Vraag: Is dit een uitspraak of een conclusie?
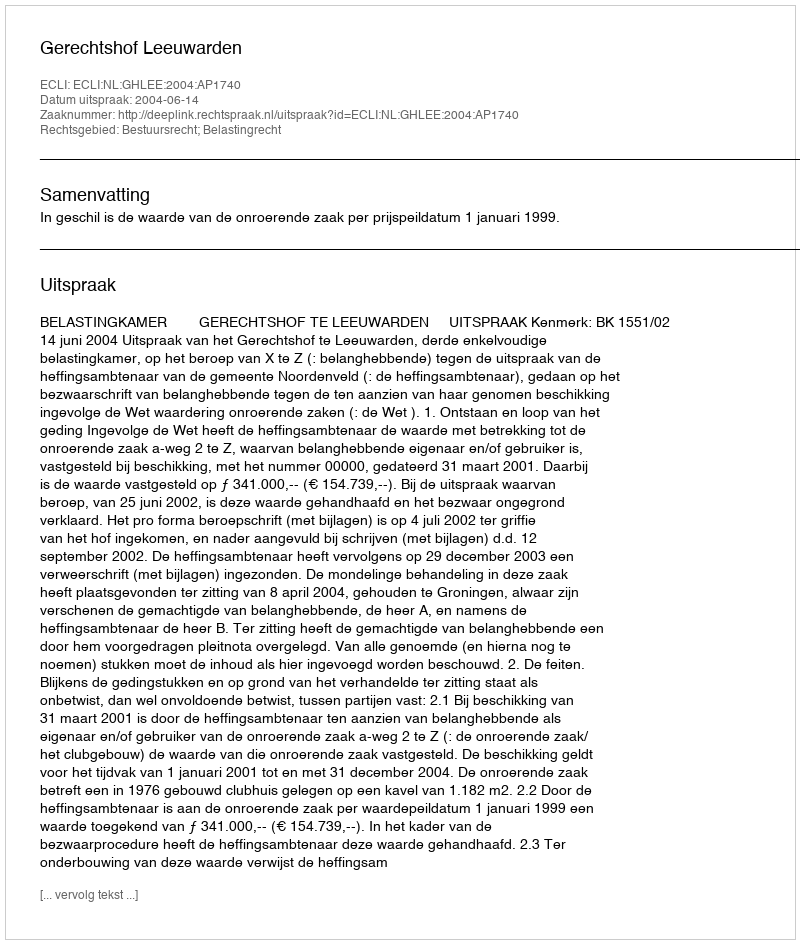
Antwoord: Uitspraak